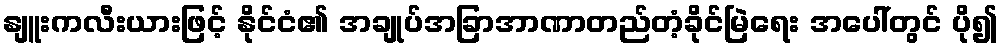
နျူးကလီးယားဖြင့် နိုင်ငံ၏ အချုပ်အခြာအာဏာတည်တံ့ခိုင်မြဲရေး အပေါ်တွင် ပို၍